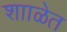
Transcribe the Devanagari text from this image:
शााळेत